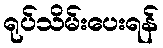
ရုပ်သိမ်းပေးရန်